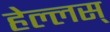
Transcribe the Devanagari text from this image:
हेल्लस्